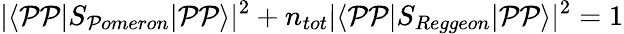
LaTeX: |\langle\mathcal{P}\mathcal{P}|S_{\mathcal{P}omeron}|\mathcal{P}\mathcal{P}\rangle|^{2}+n_{tot}|\langle\mathcal{P}\mathcal{P}|S_{Reggeon}|\mathcal{P}\mathcal{P}\rangle|^{2}=1